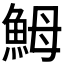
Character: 𩶋